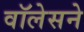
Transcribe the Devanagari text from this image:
वॉलेसने